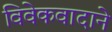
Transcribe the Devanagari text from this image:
विवेकवादाने